Vaccination in Burma 1920-1933 - 1920-1933
Year: 1920
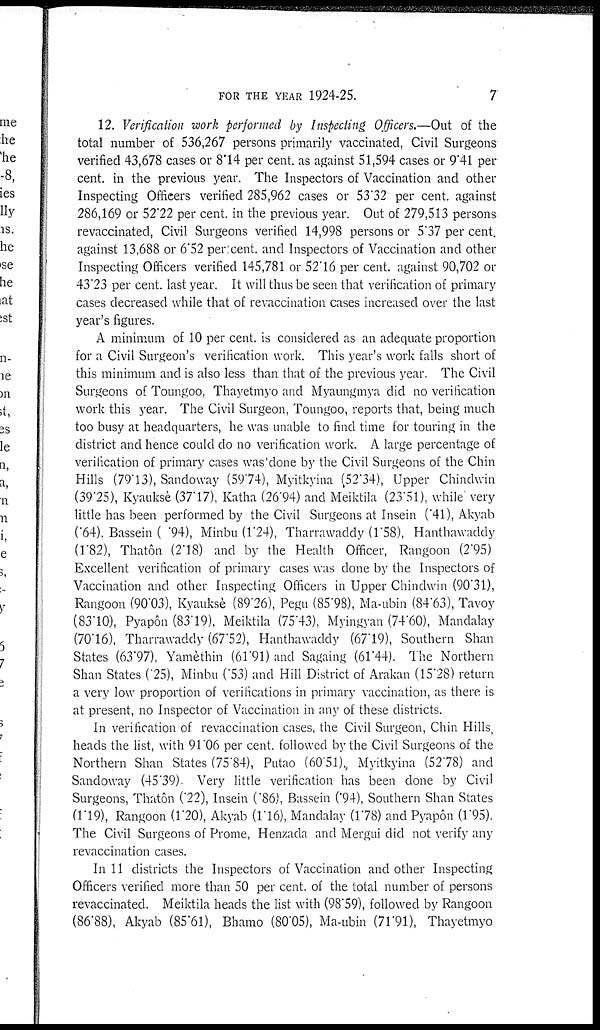
FOR THE YEAR 1924-25.
7
12. Verification work performed by Inspecting Officers.—Out of the
total number of 536,267 persons primarily vaccinated, Civil Surgeons
verified 43,678 cases or 8.14 per cent. as against 51,594 cases or 9.41 per
cent. in the previous year. The Inspectors of Vaccination and other
Inspecting Officers verified 285,962 cases or 53.32 per cent. against
286,169 or 52.22 per cent. in the previous year. Out of 279,513 persons
revaccinated, Civil Surgeons verified 14,998 persons or 5.37 per cent.
against 13,688 or 6.52 per cent. and Inspectors of Vaccination and other
Inspecting Officers verified 145,781 or 52'16 per cent. against 90,702 or
43.23 per cent. last year. It will thus be seen that verification of primary
cases decreased while that of revaccination cases increased over the last
year's figures.
A minimum of 10 per cent. is considered as an adequate proportion
for a Civil Surgeon's verification work. This year's work falls short of
this minimum and is also less than that of the previous year. The Civil
Surgeons of Toungoo, Thayetmyo and Myaungmya did no verification
work this year. The Civil Surgeon, Toungoo, reports that, being much
too busy at headquarters, he was unable to find time for touring in the
district and hence could do no verification work. A large percentage of
verification of primary cases was done by the Civil Surgeons of the Chin
Hills (79.13), Sandoway (59.74), Myitkyina (52.34), Upper Chindwin
(39.25), Kyauksè (37.17), Katha (26.94) and Meiktila (23.51), while very
little has been performed by the Civil Surgeons at Insein (.41), Akyab
(.64). Bassein ( .94), Minbu (1.24), Tharrawaddy (1.58), Hanthawaddy
(1.82), Thatôn (2.18) and by the Health Officer, Rangoon (2.95)
Excellent verification of primary cases was done by the Inspectors of
Vaccination and other Inspecting Officers in Upper Chindwin (90.31),
Rangoon (90.03), Kyauksè (89.26), Pegu (85.98), Ma-ubin (84.63), Tavoy
(83.10), Pyapôn (83.19). Meiktila (75.43), Myingyan (74.60), Mandalay
(70.16), Tharrawaddy (67.52), Hanthawaddy (67.19), Southern Shan
States (63.97), Yamèthin (61.91) and Sagaing (61.44). The Northern
Shan States (.25), Minbu (.53) and Hill District of Arakan (15.28) return
a very low proportion of verifications in primary vaccination, as there is
at present, no Inspector of Vaccination in any of these districts.
In verification of revaccination cases, the Civil Surgeon, Chin Hills,
heads the list, with 91.06 per cent. followed by the Civil Surgeons of the
Northern Shan States (75.84), Putao (60.51)., Myitkyina (52.78) and
Sandoway (45.39)- Very little verification has been done by Civil
Surgeons, Thatôn (.22), Insein (.86), Bassein 0.94), Southern Shan States
(1.19), Rangoon (1.20), Akyab (1.16), Mandalay (1.78) and Pyapôn (1.95).
The Civil Surgeons of Prome, Henzada and Mergui did not verify any
revaccination cases.
In 11 districts the Inspectors of Vaccination and other Inspecting
Officers verified more than 50 per cent. of the total number of persons
revaccinated. Meiktila heads the list with (98.59), followed by Rangoon
(86.88), Akyab (85.61), Bhamo (80.05), Ma-ubin (71.91), Thayetmyo